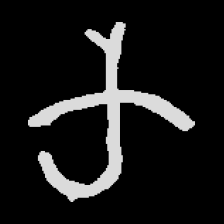
Pyu character \u2014 Myanmar letter: က (romanized: ka)